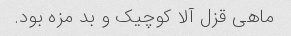
ماهی قزل آلا کوچیک و بد مزه بود.